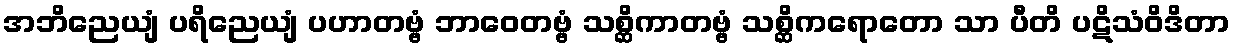
အဘိညေယျံ ပရိညေယျံ ပဟာတဗ္ဗံ ဘာဝေတဗ္ဗံ သစ္ဆိကာတဗ္ဗံ သစ္ဆိကရောတော သာ ပီတိ ပဋိသံဝိဒိတာ